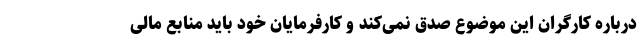
درباره کارگران این موضوع صدق نمی‌کند و کارفرمایان خود باید منابع مالی